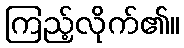
ကြည့်လိုက်၏။